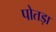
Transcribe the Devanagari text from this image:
पोतड़ा